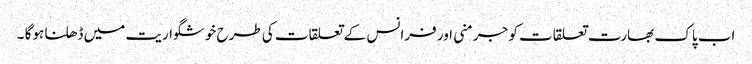
اب پاک بھارت تعلقات کو جرمنی اور فرانس کے تعلقات کی طرح خوشگواریت میں ڈھلنا ہوگا ۔